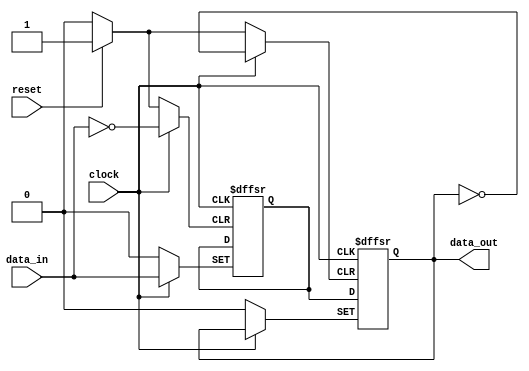
module event_control (
    input  wire clock,       // Clock signal
    input  wire reset,       // Asynchronous reset signal
    input  wire data_in,     // Input data signal
    output reg  data_out     // Output data signal
);

    // Internal state variable
    reg state;

    // Behavioral block sensitive to both positive and negative clock edges
    always @(posedge clock or negedge clock or posedge reset) begin
        if (reset) begin
            // Synchronous reset logic
            state <= 1'b0;       // Initialize state to 0 on reset
            data_out <= 1'b0;    // Initialize output to 0 on reset
        end else begin
            // Update state on the positive edge of the clock
            if (clock) begin
                state <= data_in; // Capture input data on the positive edge
            end
            // For negative edge, perform some operation (if any)
            else begin
                data_out <= state; // Update output with state on the negative edge
            end
        end
    end

endmodule